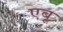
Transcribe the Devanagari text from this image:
एबू